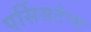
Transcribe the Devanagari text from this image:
पर्सिसटेन्स